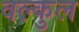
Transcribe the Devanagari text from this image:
वल्कुल